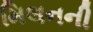
મિલનની